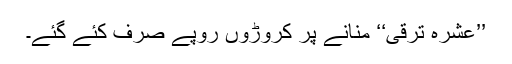
’’عشرۂ ترقی‘‘ منانے پر کروڑوں روپے صرف کئے گئے۔